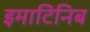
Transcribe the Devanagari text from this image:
इमाटिनिब